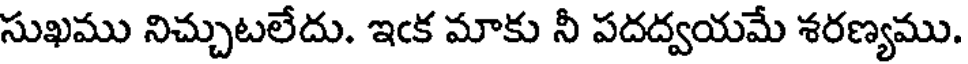
సుఖము నిచ్చుటలేదు. ఇఁక మాకు నీ పదద్వయమే శరణ్యము.